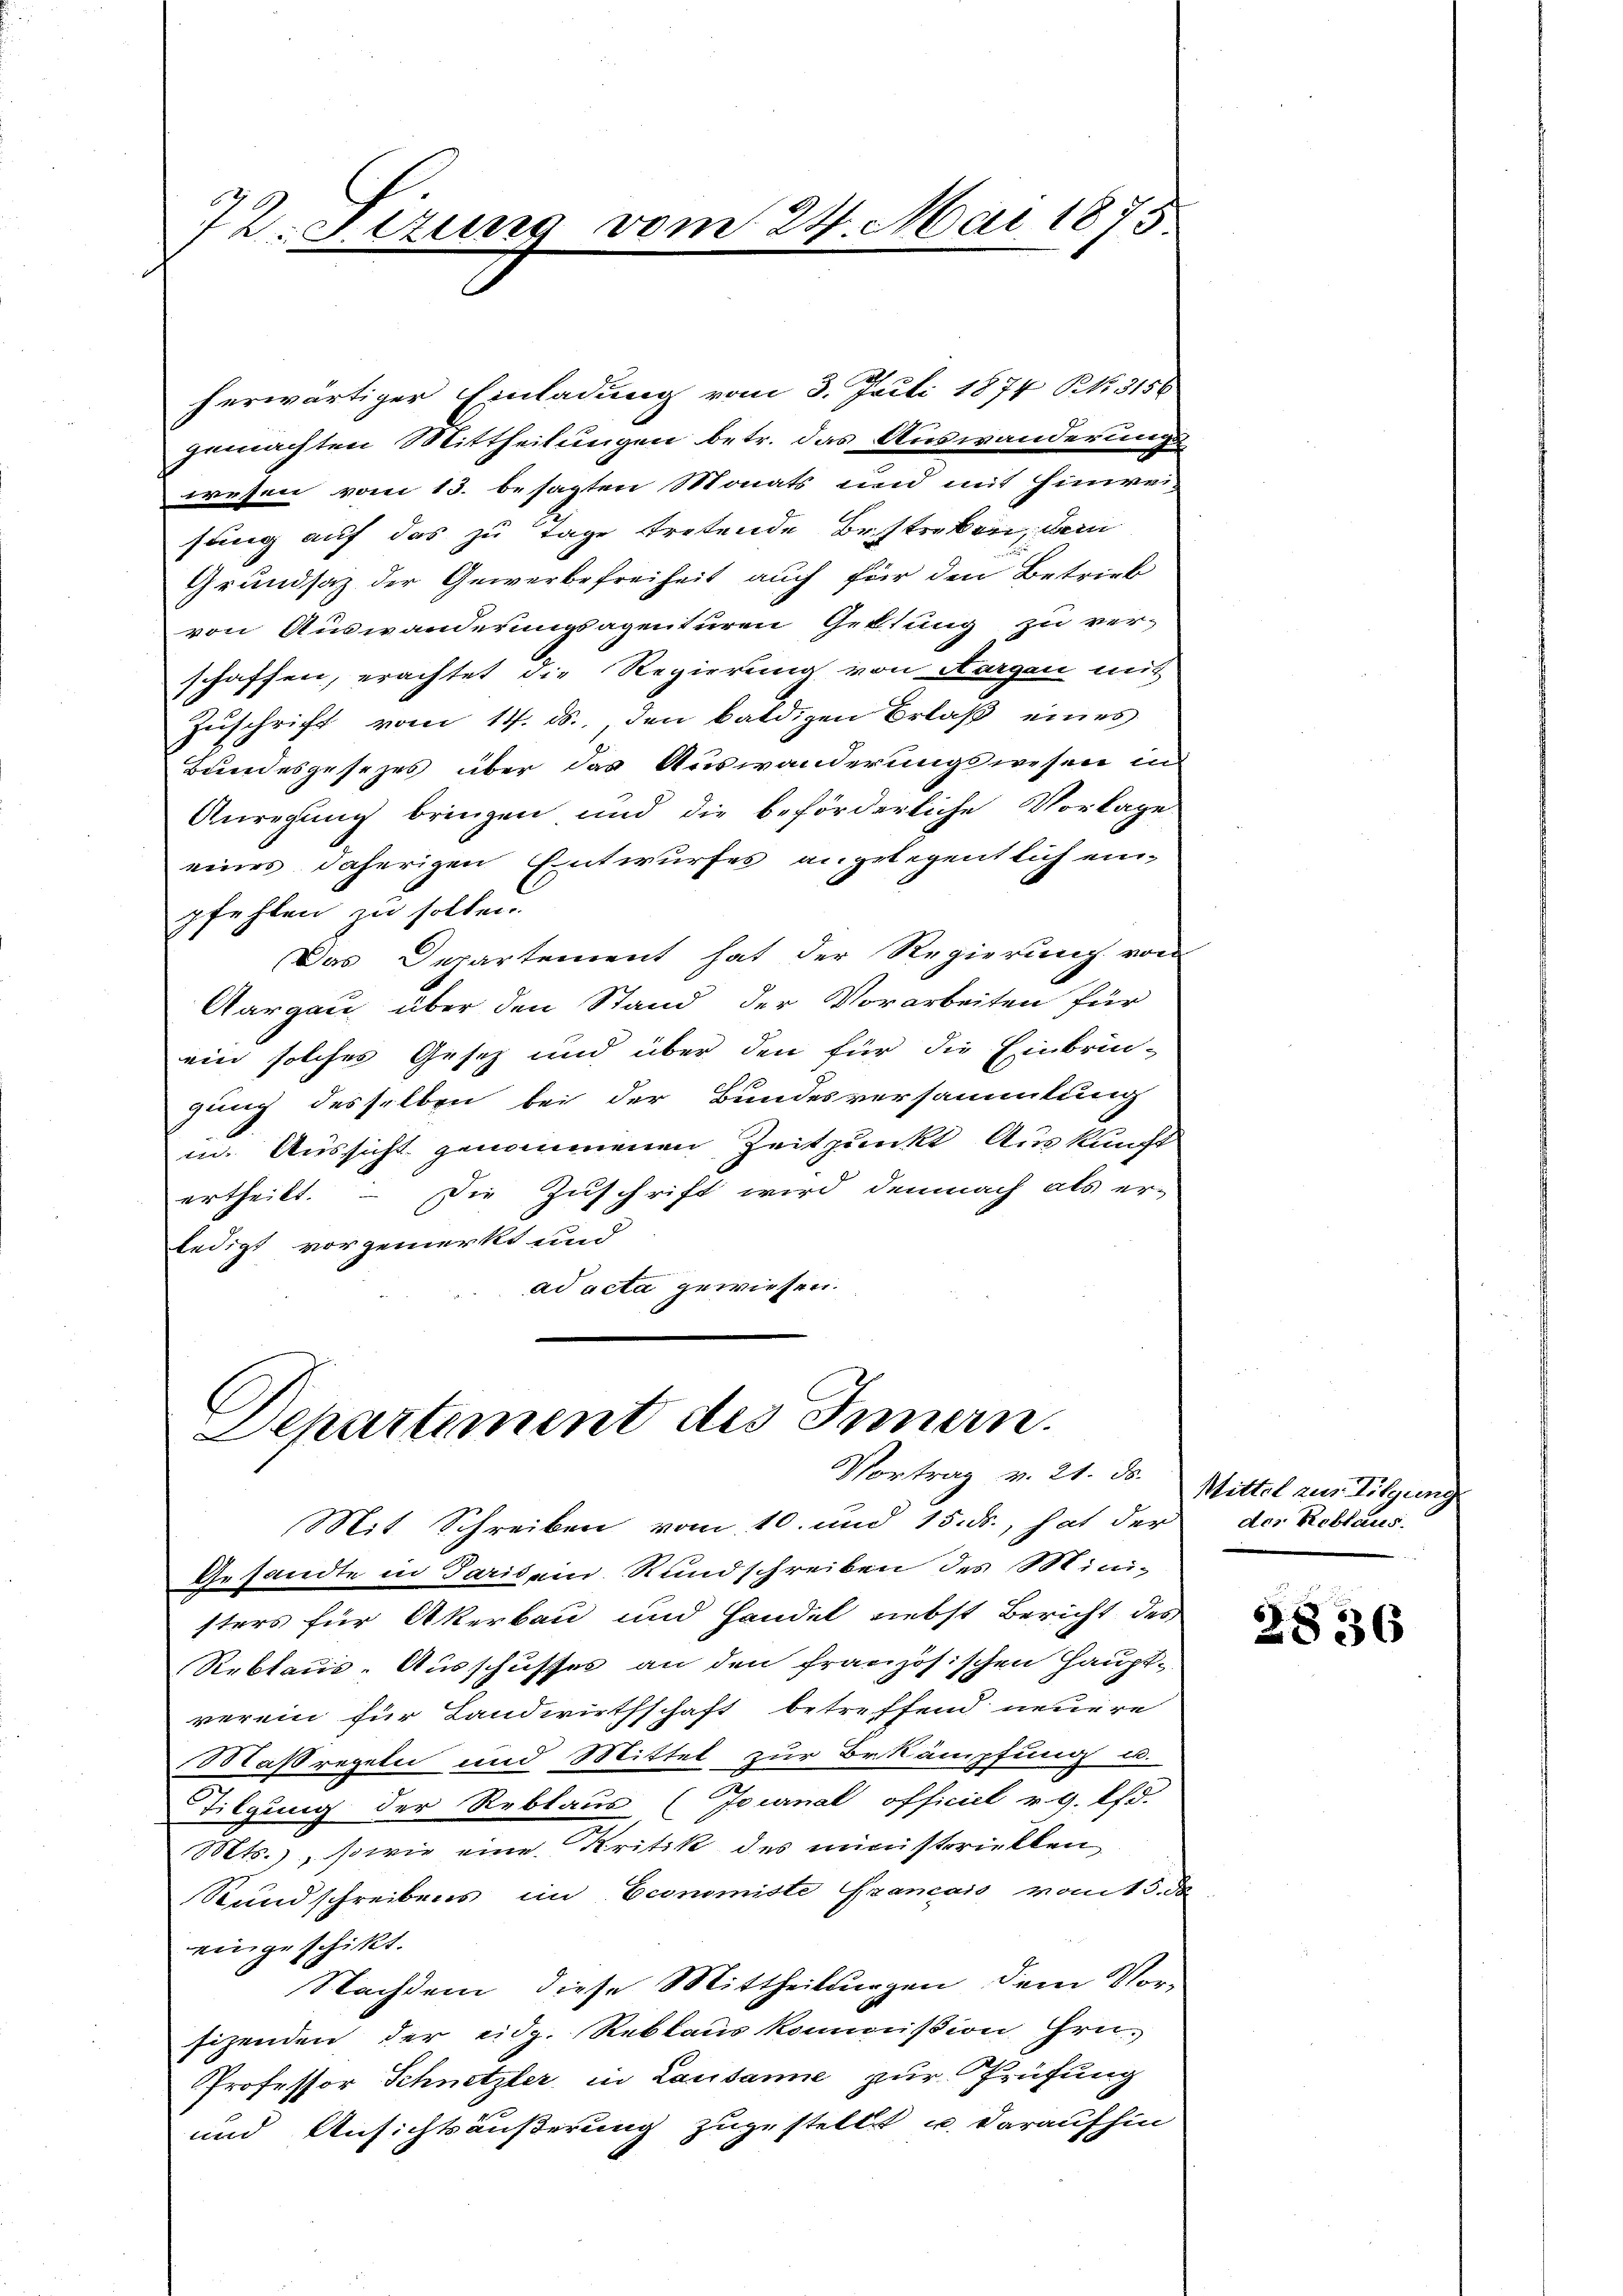
72. Fizung vom 24. Mai 1875

herwärtiger Einladung vom 3. Juli 1874 N. 3156
gemachten Mittheilungen betr. das Auswanderungs-
wesen vom 13. besagten Monats und mit Hinwei-
sung auf das zu Tage tretende Bestreben, dem
Grundsaz der Gewerbefreiheit auch für den Betrieb
von Auswanderungsagenturen Geltung zu ver-
schaffen, erachtet die Regierung von Aargau mit
Zuschrift vom 14. ds., den baldigen Erlaß eines
Bundesgesezes über das Auswanderungswesen in
Anregung bringen und die beförderliche Vorlage
eines daherigen Entwurfes angelegentlich ein-
pfehlen zu sollen.
Das Departement hat der Regierung von
Aargau über den Stand der Vorarbeiten für
ein solches Gesetz und über den für die Einbrin-
gung desselben bei der Bundesversammlung
in. Aussicht genommenen Zeitpunkt Auskunft
ertheilt. – Die Zuschrift wird demnach als er-
ledigt vorgemerkt und
ad acta gewiesen.

Departement des Innern.
Vortrag v. 21. ds.
Mit Schreiben vom 10. und 15. ds., hat der der Roblaus

Gesandte in Paris ein Rundschreiben des Ministers für Akerbau und Handel riebst Bericht des
Reblaus-Ausschusses an den französischen Haupt-
verein für Landwirthschaft betreffend neuere
Maßregeln und Mittel zur Bekämpfung u.
Tilgung der Reblaus (Journal officiel v. 9. Pfd.
Mts., sowie eine Kritik des ministeriellen,
Rundschreibens im Economiste Francais vom 5. d
eingeschikt.
Nachdem diese Mittheilungen dem Vorsizenden der eidg. Reklaus kommission Gru
Professor Schnetzler in Lausanne zur Prüfung
und Ansichtsäußerung zugestellt u. daraufhin

Mittel zur Tilgung

2836